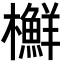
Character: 𣟲